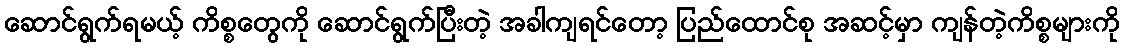
ဆောင်ရွက်ရမယ့် ကိစ္စတွေကို ဆောင်ရွက်ပြီးတဲ့ အခါကျရင်တော့ ပြည်ထောင်စု အဆင့်မှာ ကျန်တဲ့ကိစ္စများကို